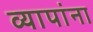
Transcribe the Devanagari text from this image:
व्यापांना